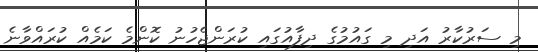
މި ސަރުކާރު އަދި މި ގައުމުގެ ދިފާއުގައި ކުރަންޖެހުނު ކޮންމެ ކަމެއް ކުރައްވާނެ